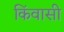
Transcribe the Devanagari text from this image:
किंवासी